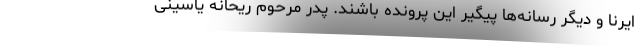
ایرنا و دیگر رسانه‌ها پیگیر این پرونده باشند. پدر مرحوم ریحانه یاسینی